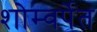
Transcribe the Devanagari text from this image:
शोम्वर्पेत